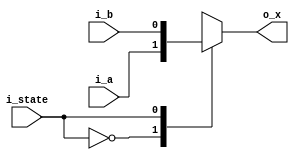
module Mux_mod #(parameter MuxWide = 1)(
		input [MuxWide - 1: 0] i_a,
		input [MuxWide - 1: 0] i_b,
		input i_state,
		output [MuxWide - 1: 0]  o_x 
);

reg [MuxWide - 1: 0] r_x;

always@(i_a or i_b)
begin
	case(i_state)
		1'b0:
		begin
			r_x <= i_a; 
		end
		1'b1:
		begin
			r_x <= i_b;
		end
	endcase
end

assign o_x = r_x;

endmodule